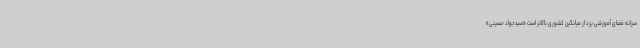
سرانه فضای آموزشی یزد از میانگین کشوری بالاتر است «سیدجواد حسینی»